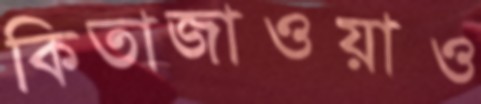
কিতাজাওয়াও